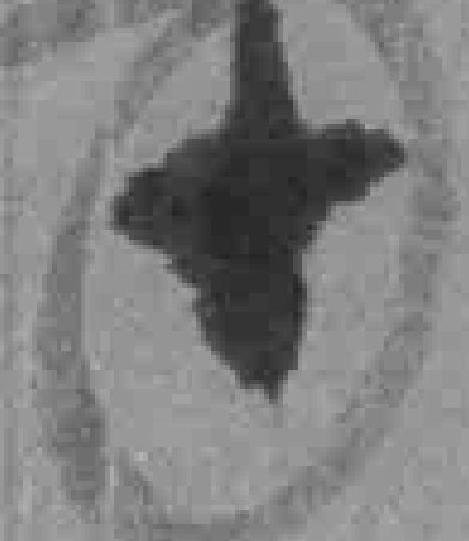
十